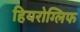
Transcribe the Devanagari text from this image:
हियरोग्लिफ